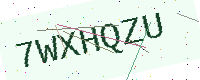
Text: 7WXHQZU